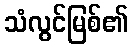
သံလွင်မြစ်၏